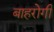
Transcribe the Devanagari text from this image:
बाहरोगी